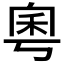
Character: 𫀫